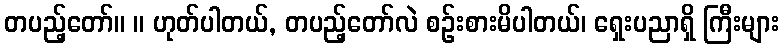
တပည့်တော်။ ။ ဟုတ်ပါတယ်, တပည့်တော်လဲ စဉ်းစားမိပါတယ်၊ ရှေးပညာရှိ ကြီးများ